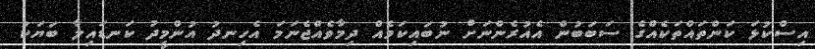
އިސްކުޅަ ކަންތައްތަކެއްގެ ސަބަބުން އެއުރެންނަށް ނުބައިކަމެއް ދިމާވެއްޖެނަމަ އެހިނދު އުންމީދު ކަނޑައިލާ ބަޔަކު